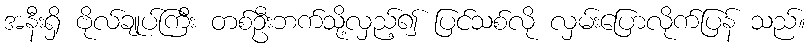
အနီးရှိ ဗိုလ်ချုပ်ကြီး တစ်ဦးဘက်သို့လှည့်၍ ပြင်သစ်လို လှမ်းပြောလိုက်ပြန် သည်။